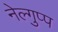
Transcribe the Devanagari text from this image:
नेल्गुप्प